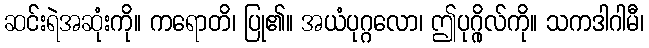
ဆင်းရဲအဆုံးကို။ ကရောတိ၊ ပြု၏။ အယံပုဂ္ဂလော၊ ဤပုဂ္ဂိုလ်ကို။ သကဒါဂါမီ၊